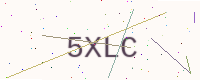
Text: 5XLC